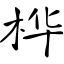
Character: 桦